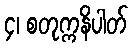
၄၊ စတုက္ကနိပါတ်